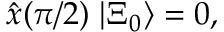
\hat { x } ( \pi / 2 ) \; | { \Xi } _ { 0 } \rangle = 0 ,